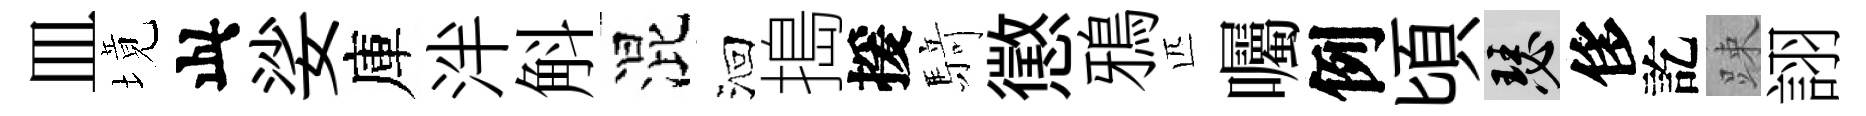
皿境此娑庫泮斛混洄搗援𮪍懲鴉匹囑例頃瑟侈訖踈詡